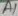
Text: A1